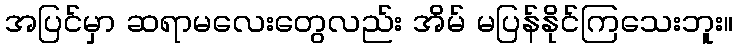
အပြင်မှာ ဆရာမလေးတွေလည်း အိမ် မပြန်နိုင်ကြသေးဘူး။